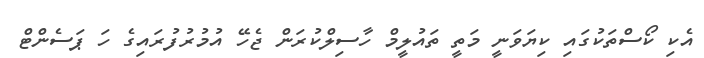
އެކި ކޯސްތަކުގައި ކިޔަވަނީ މަތީ ތައުލީމް ހާސިލްކުރަން ޖެހޭ އުމުރުފުރައިގެ ހަ ޕަސެންޓް